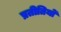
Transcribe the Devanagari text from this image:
प्रतीतियों